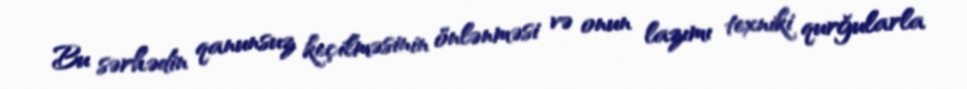
Bu sərhədin qanunsuz keçilməsinin önlənməsi və onun lazımı texniki qurğularla